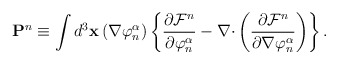
\begin{align*}\mathbf{P}^n\equiv \int d^3\mathbf{x}\left( \nabla \varphi _n^\alpha \right)\left\{ \frac{\partial \mathcal{F}^n}{\partial \varphi _n^\alpha }-\nabla \mathbf{\cdot }\left( \frac{\partial \mathcal{F}^n}{\partial \nabla \varphi_n^\alpha }\right) \right\} . \end{align*}